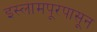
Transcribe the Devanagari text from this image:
इस्लामपूरपासून